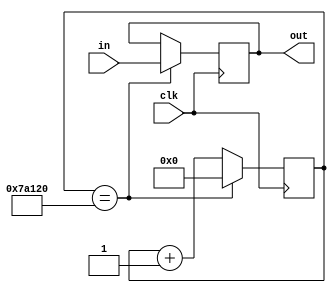
module debouncer(
	input in,
	input clk,
	output reg out);
	
	// 10ms @50MHz
	parameter TICKS = 500_000;
	
	parameter INVERT_OUTPUT = 1'b0;
	
	reg [31:0] counter; // TODO: Reduce the bits count used for this counter
	
	initial begin
		counter <= 32'b0;
	end
	
	always @(posedge clk) begin
		counter <= counter + 1;
		
		if (counter == TICKS) begin
			counter <= 32'b0;
			out <= INVERT_OUTPUT ^ in;
		end
	end
endmodule